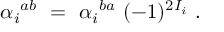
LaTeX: { \alpha _ { i } } ^ { a b } \ = \ { \alpha _ { i } } ^ { b a } \ ( - 1 ) ^ { 2 I _ { i } } \ .